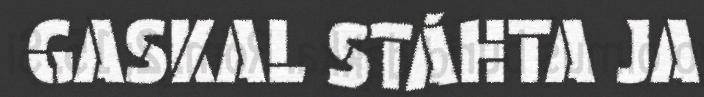
GASKAL STÁHTA JA